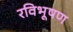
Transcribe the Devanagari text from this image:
रविभूषण